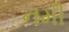
નમી